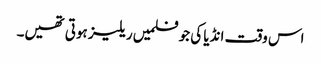
اس وقت انڈیا کی جو فلمیں ریلیز ہوتی تھیں۔